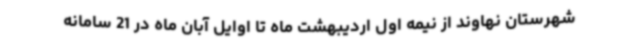
شهرستان نهاوند از نیمه اول اردیبهشت ماه تا اوایل آبان ماه در 21 سامانه